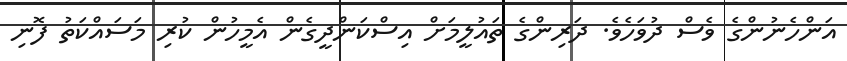
އަންހެނުންގެ ވެސް ދުވަހެވެ. ދަރިންގެ ތައުލީމަށް އިސްކަންދީގެން އެމީހުން ކުރި މަސައްކަތު ފޮނި